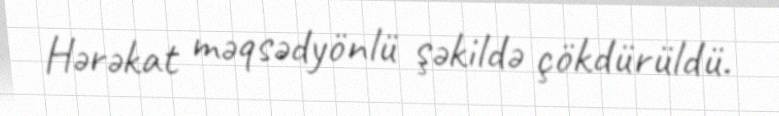
Hərəkat məqsədyönlü şəkildə çökdürüldü.